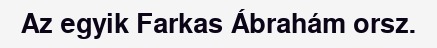
Az egyik Farkas Ábrahám orsz.